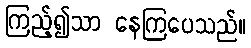
ကြည့်၍သာ နေကြပေသည်။